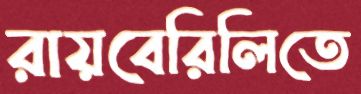
রায়বেরিলিতে